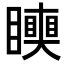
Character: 𥌪